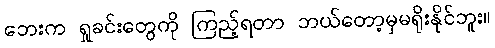
ဘေးက ရှုခင်းတွေကို ကြည့်ရတာ ဘယ်တော့မှမရိုးနိုင်ဘူး။